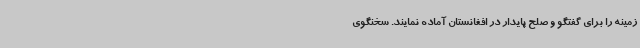
زمینه را برای گفتگو و صلح پایدار در افغانستان آماده نمایند. سخنگوی